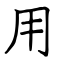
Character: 用